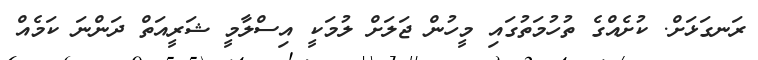
ރަނގަޅަށް. ކުށެއްގެ ތުހުމަތުގައި މީހުން ޖަލަށް ލުމަކީ އިސްލާމީ ޝަރީއަތް ދަންނަ ކަމެއް